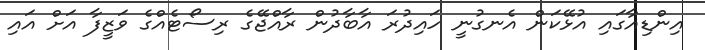
އިންޑިއާގައި އުޅޭކަން އެނގުނީ ހައިދުރަ އާބާދުން ރާއްޖޭގެ ރިސޯޓެއްގެ ވަޒީފާ އަށް އައި